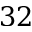
3 2